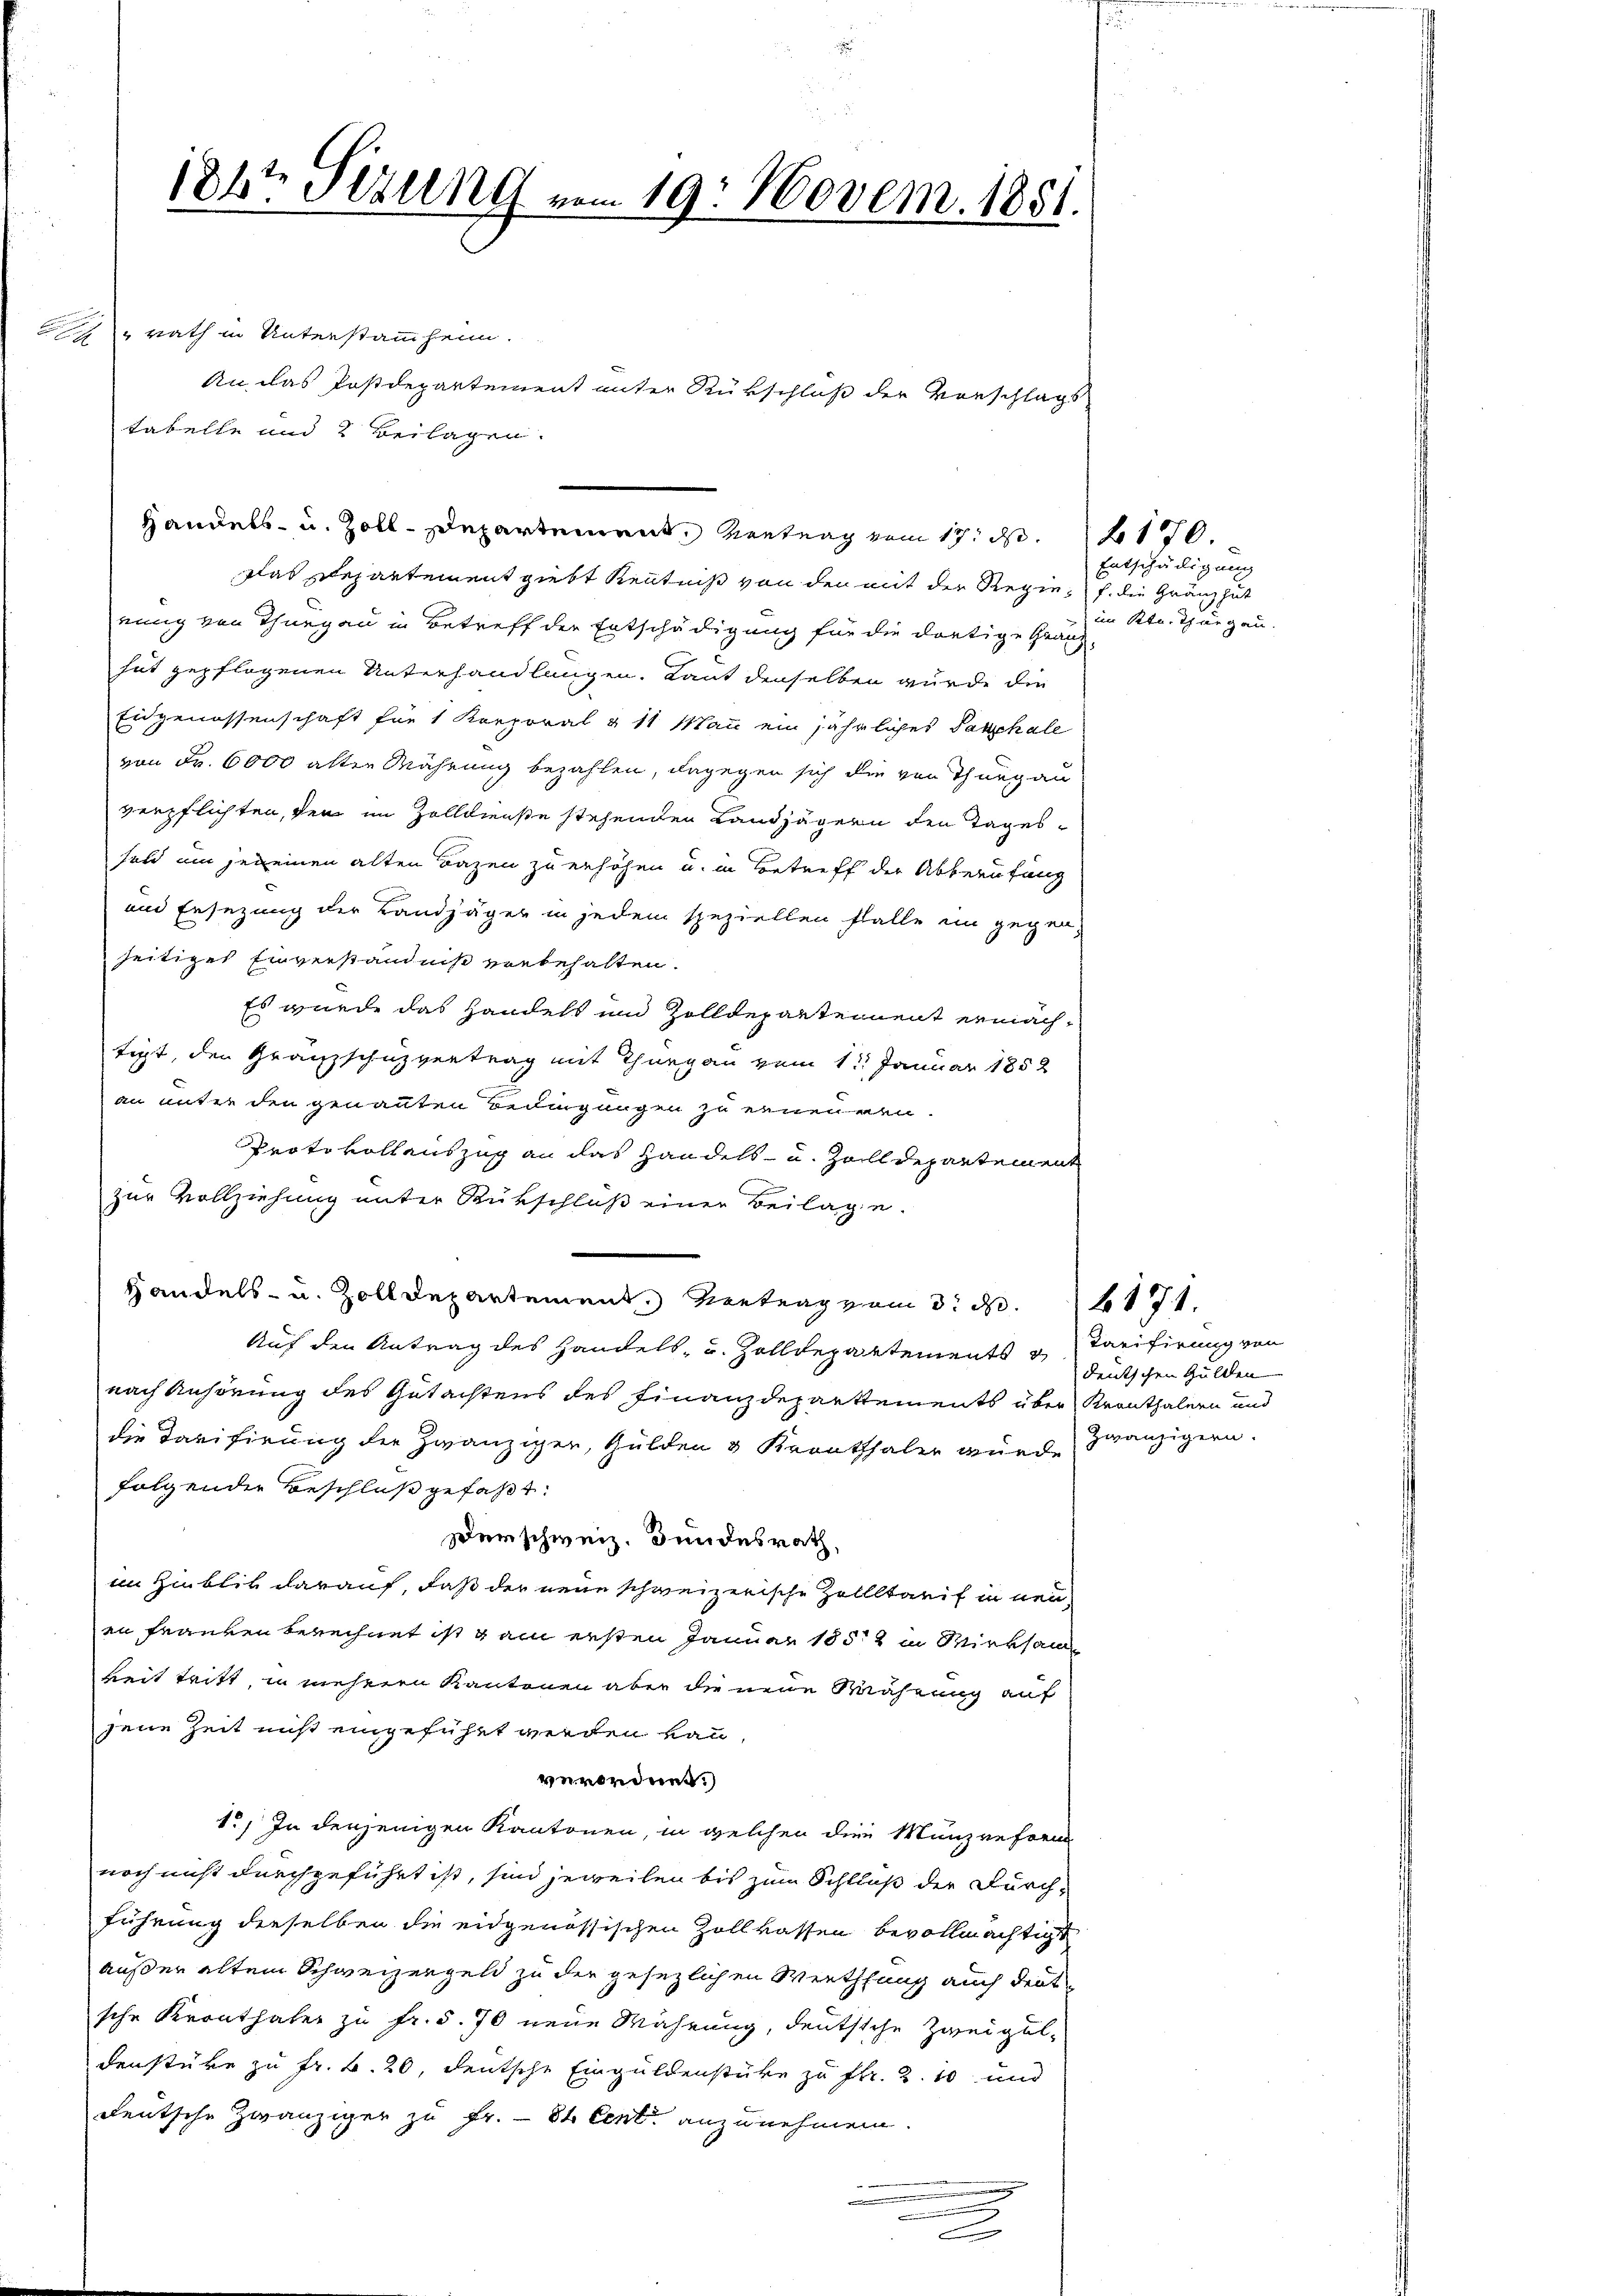
1867 Fizung vom 19. Novem. 1881.

rath in Unterstammheim.
das Departement giebt Kenntniß von den mit der Regienung von Thurgau in Betreff der Entschädigung für die dortige Grahut gepflogenen Unterhandlungen. Kant denselben wurde die
Eidgenossenschaft für 1 Kreporal & 11 Man ein jährliches Paschale
von Fr. 6000 alten Währung bezahlen, dagegen sich die von Thurgau
verpflichten, den im Zolldienste stehenden Landjägern den Tages-
feld um je einen alten Bazen zu erhöhen u. in Betreff der Abberufung
und Ersezung der Landjäger in jedem speziellen falle im gegen
zeitiges Einverständniß vorbehalten.
Es wurde das Handels und Zolldepartement ermächtigt, den Granzschutzvertrag mit Thurgau vom 1te Januar 1852
an unter den genannten Bedingungen zu erneuren.
Protokollauszug an das Handels- u. Zolldepartemen
zur Vollziehung unter Rückschluß einer Beilage.
Handels- u. Zolldepartement. Vertrag vom 3. d.
Auf den Antrag des Handels- u. Zolldepartements
nach Anhörung des Gutachtens des Finanzdepartements über Kranthalern und
die Tarifirung der zwanziger, Gulden 3 Krantthaler wurde
folgender Beschluß gefaßt:
derschweiz. Bundesrath,
im Hinblik darauf, daß der neue schweizerische Zollltarif in neuan Franken berechnet ist ganz ersten Januar 1852 in Wirksan
keit tritt, in mehrern Kantonen aber die neue Wahrung auf
jene Zeit nicht eingeführt werden kann,
verordnet.)
1.) In denjenigen Kantonen, in welchen die Munzreform
noch nicht durchgeführt ist, sind jeweilen bis zum Schluß der Durch-
führung derselben die eidgenössischen Zollkassen bevollmächtigt
außer altem Schweizergeld zu der gesezlichen Werthung auch deut
sche Kronthaler zu Fr. 5. 70 neue Wahrung, deutsche Zweigul-
denstüke zu Fr. B. 20, deutsche Einguldenstüke zu fr. 2. 10 und
deutsche Zwanziger zu Fr. 81 Cent anzunehmen.
.

tabelle und 2 Beilagen.
Handels- u. Zoll-Departement, Vertrag vom 17. ds.

An das Postdepartement unter Rükschluß der Vorschlags

2

Entschädigung
 f. die Gränzhut
im Ktn. Thurgau.
un

f 170

Tarifirung von
deutschen Gülten
zwanzigern.

171.